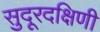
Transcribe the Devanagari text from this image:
सुदूरदक्षिणी